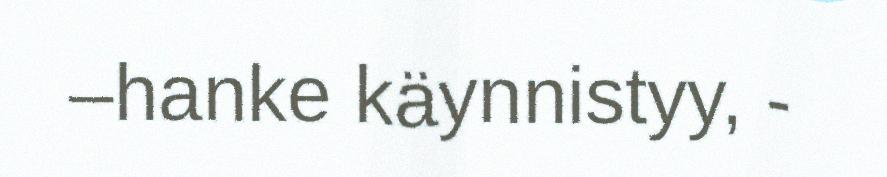
–hanke käynnistyy, -